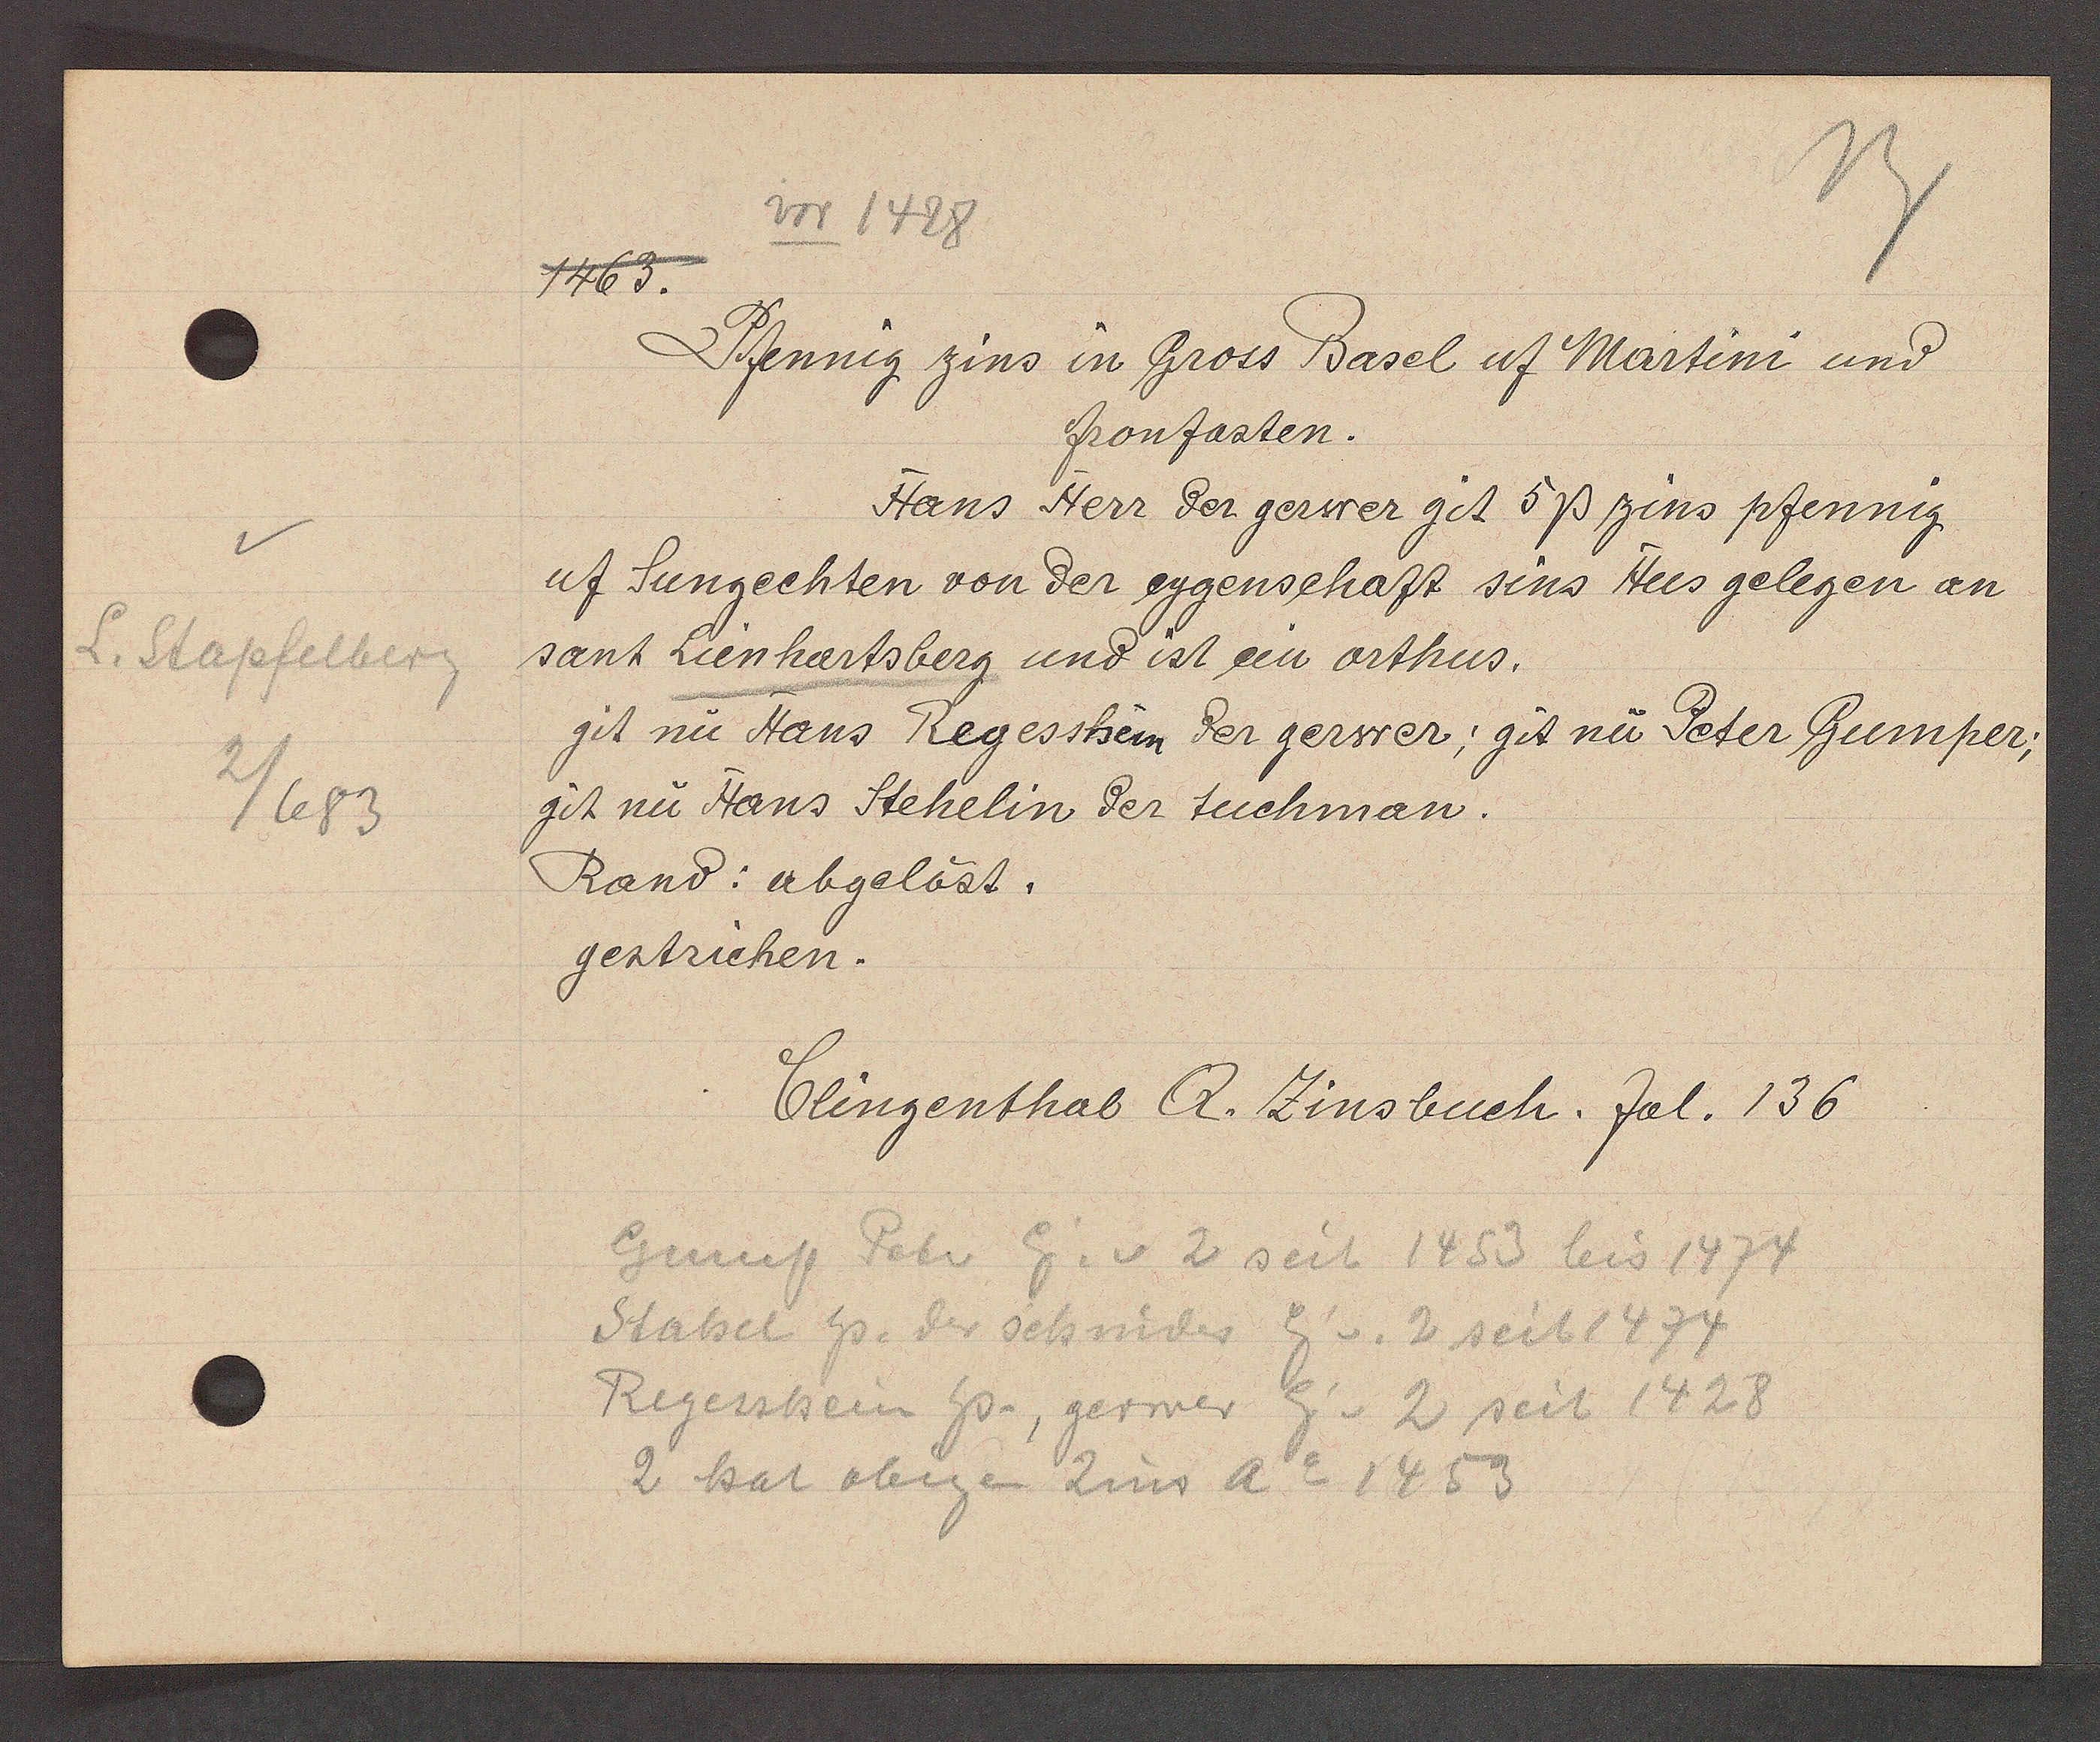
Transcript:
L. Stapfelberg
2/683

vor 1428

1463.
Pfennig zins in Gross Basel uf Martini und
fronfasten.
Hans Herr der gerwer git 5ß zins pfennig
uf Sungechten von der eygenschaft sins Hus gelegen an
sant Lienhartsberg und ist ein orthus.
git nu Hans Regessheim der gerwer; git nu Peter Gumper;
git nu Hans Stehelin der tuchman.
Rand: abgelöst.
gestrichen.

Clingenthal Q. Zinsbuch. fol. 136

Gump Peter Eg. v. 2 seit 1453 bis 1474
Stabel hs. der schnider Eg v. 2 seit 1474
Regesshein Hs, gerwer Eig v. 2 seit 1428
2 hat obigen Zins Ao 1453